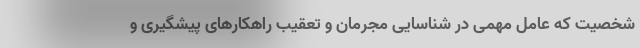
شخصیت که عامل مهمی در شناسایی مجرمان و تعقیب راهکارهای پیشگیری و